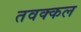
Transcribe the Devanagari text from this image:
तवक्कल